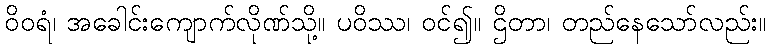
ဝိဝရံ၊ အခေါင်းကျောက်လိုဏ်သို့။ ပဝိဿ၊ ဝင်၍။ ဌိတာ၊ တည်နေသော်လည်း။